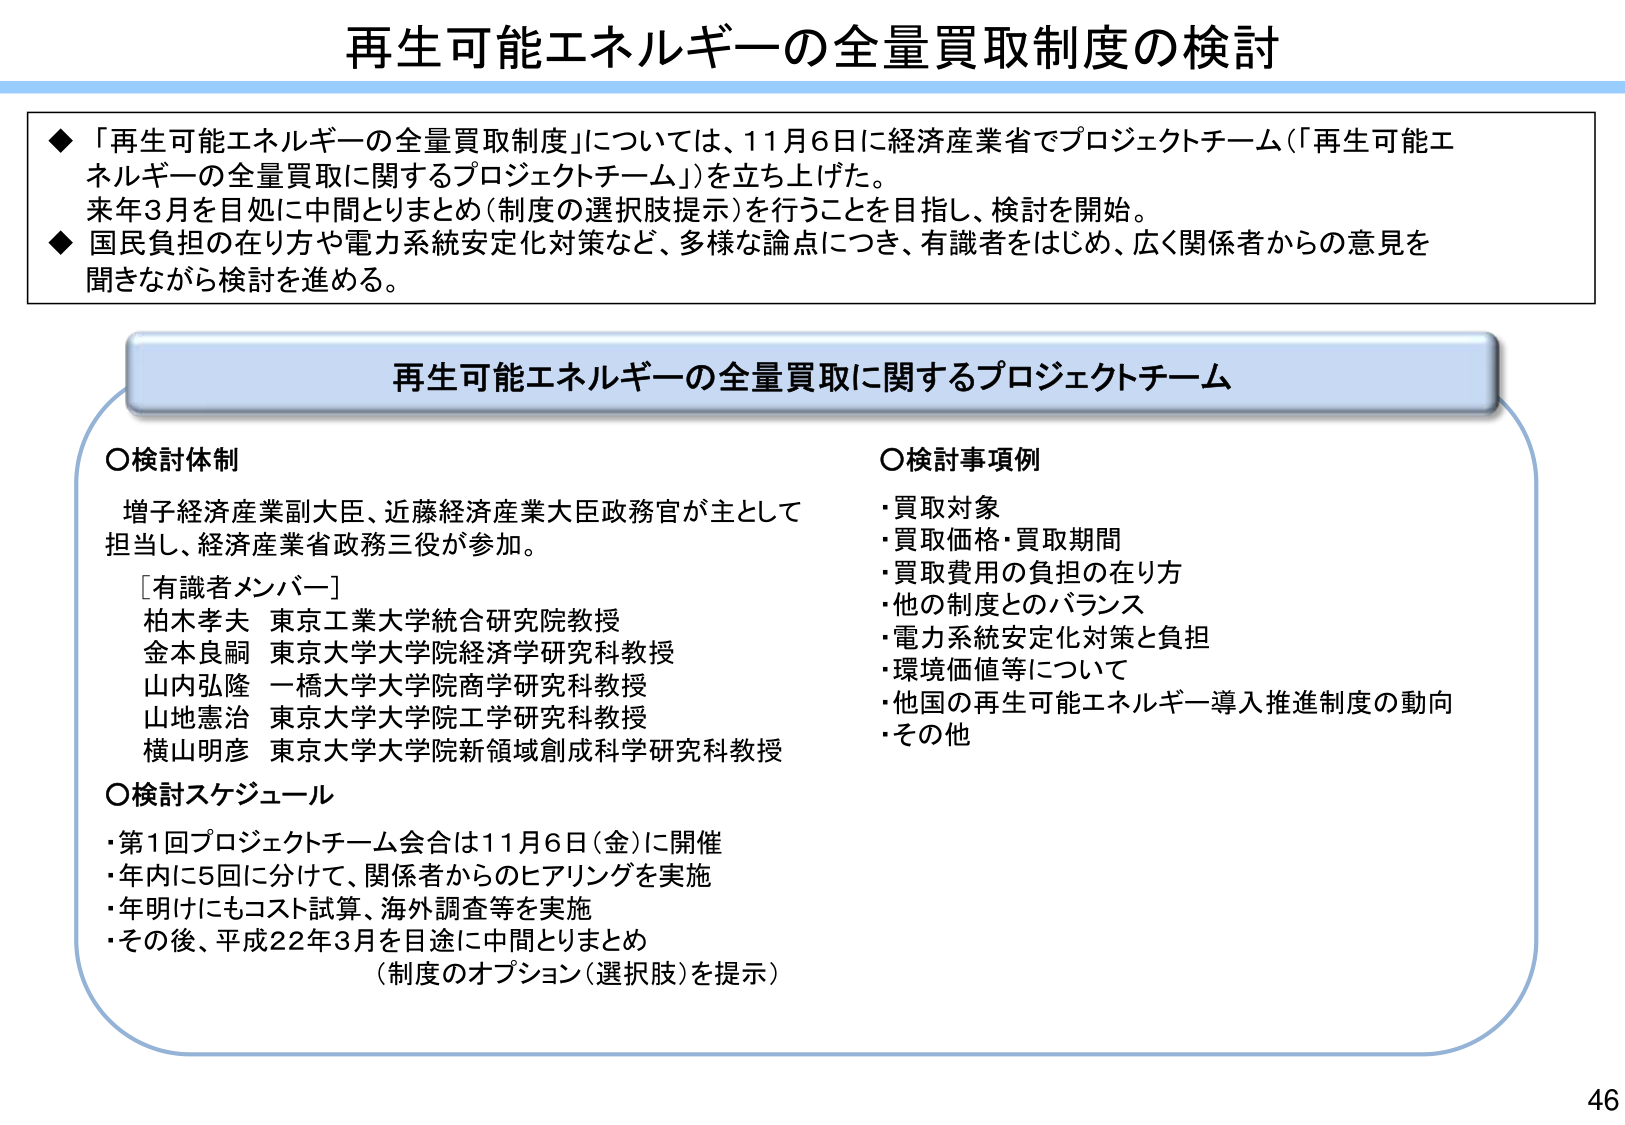
再生可能エネルギーの全量買取制度の検討

◆「再生可能エネルギーの全量買取制度」については、11月6日に経済産業省でプロジェクトチーム（「再生可能エネルギーの全量買取に関するプロジェクトチーム」）を立ち上げた。
来年3月を目処に中間とりまとめ（制度の選択肢提示）を行うことを目指し、検討を開始。
◆国民負担の在り方や電力系統安定化対策など、多様な論点につき、有識者をはじめ、広く関係者からの意見を聞きながら検討を進める。

再生可能エネルギーの全量買取に関するプロジェクトチーム

○検討体制
増子経済産業副大臣、近藤経済産業大臣政務官が主として担当し、経済産業省政務三役が参加。
［有識者メンバー］
柏木孝夫 東京工業大学統合研究院教授
金本良嗣 東京大学大学院経済学研究科教授
山内弘隆 一橋大学大学院商学研究科教授
山地憲治 東京大学大学院工学研究科教授
横山明彦 東京大学大学院新領域創成科学研究科教授

○検討スケジュール
・第1回プロジェクトチーム会合は11月6日（金）に開催
・年内に5回に分けて、関係者からのヒアリングを実施
・年明けにもコスト試算、海外調査等を実施
・その後、平成22年3月を目途に中間とりまとめ
（制度のオプション（選択肢）を提示）

○検討事項例
・買取対象
・買取価格・買取期間
・買取費用の負担の在り方
・他の制度とのバランス
・電力系統安定化対策と負担
・環境価値等について
・他国の再生可能エネルギー導入推進制度の動向
・その他

46